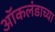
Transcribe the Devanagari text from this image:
ऑकलंडाच्या